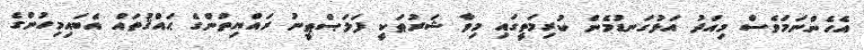
އެހެންނަމަވެސް މިއަދު އަޅުގަނޑުމެން ކުރިމަތީގައި މިވާ ޝަރުޠަކީ ފަލަޞްޠީނު ރައްޔިތުންގެ ޙައްޤުތައް އެބައިމިހުންގެ